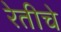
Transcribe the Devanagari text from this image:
रेतीचे